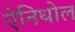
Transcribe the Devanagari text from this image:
ऐनिथोल